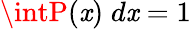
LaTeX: \intP(\mathit{x})\; d\mathit{x}=1